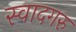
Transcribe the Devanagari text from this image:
स्वादगरु